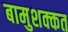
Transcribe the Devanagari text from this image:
बामुशक्कत